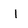
Character: I